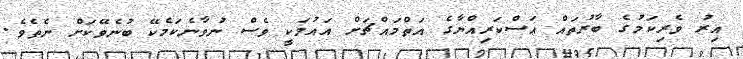
އިރު ވެރިކަމުގެ ބާރުތައް ޢަސްކަރިއްޔާގެ އަތްމައްޗަށް އައުމަކީ ވެސް ނުވާނެކަމެކޭ ބުނެވޭކަށް ނެތެވެ.